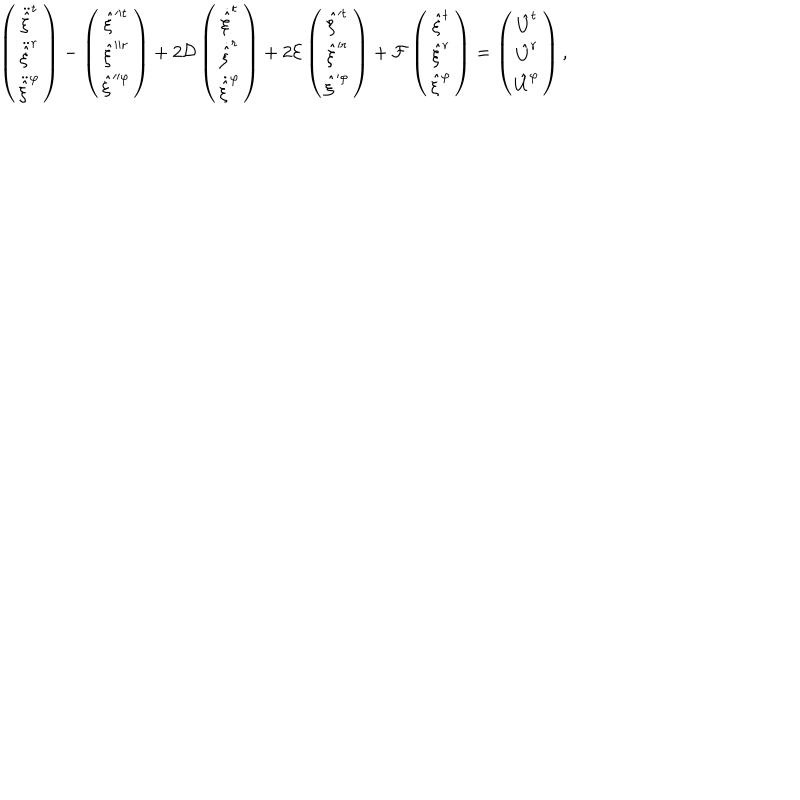
\left( \begin{array} { c } { { \ddot { \hat { \xi } } ^ { t } } } \\ { { \ddot { \hat { \xi } } ^ { r } } } \\ { { \ddot { \hat { \xi } } ^ { \varphi } } } \\ \end{array} \right) - \left( \begin{array} { c } { { \hat { \xi } ^ { t } } } \\ { { \hat { \xi } ^ { r } } } \\ { { \hat { \xi } ^ { \varphi } } } \\ \end{array} \right) + 2 { \cal D } \left( \begin{array} { c } { { \dot { \hat { \xi } } ^ { t } } } \\ { { \dot { \hat { \xi } } ^ { r } } } \\ { { \dot { \hat { \xi } } ^ { \varphi } } } \\ \end{array} \right) + 2 { \cal E } \left( \begin{array} { c } { { \hat { \xi } ^ { t } } } \\ { { \hat { \xi } ^ { r } } } \\ { { \hat { \xi } ^ { \varphi } } } \\ \end{array} \right) + { \cal F } \left( \begin{array} { c } { { { \hat { \xi } } ^ { t } } } \\ { { { \hat { \xi } } ^ { r } } } \\ { { { \hat { \xi } } ^ { \varphi } } } \\ \end{array} \right) = \left( \begin{array} { c } { { { \hat { U } } ^ { t } } } \\ { { { \hat { U } } ^ { r } } } \\ { { { \hat { U } } ^ { \varphi } } } \\ \end{array} \right) ,